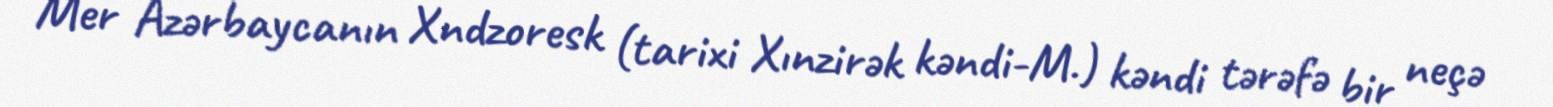
Mer Azərbaycanın Xndzoresk (tarixi Xınzirək kəndi-M.) kəndi tərəfə bir neçə